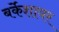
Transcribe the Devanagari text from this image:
बर्केशायर